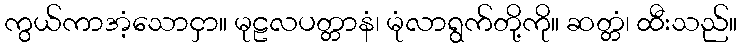
ကွယ်ကာအံ့သောငှာ။ မုဠလပတ္တာနံ၊ မုံလာရွက်တို့ကို။ ဆတ္တံ၊ ထီးသည်။